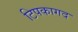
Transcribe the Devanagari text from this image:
टिपकागद